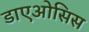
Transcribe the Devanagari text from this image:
डाएओसिस